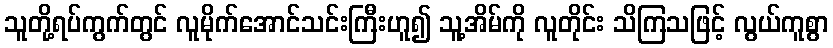
သူတို့ရပ်ကွက်တွင် လူမိုက်အောင်သင်းကြီးဟူ၍ သူ့အိမ်ကို လူတိုင်း သိကြသဖြင့် လွယ်ကူစွာ